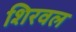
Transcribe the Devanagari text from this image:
शिरवल